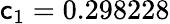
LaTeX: \mathsf{c}_{1}=0.298228